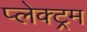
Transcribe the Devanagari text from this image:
प्लेक्ट्रम